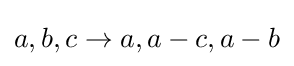
a,b,c\to a,a-c,a-b